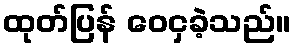
ထုတ်ပြန် ဝေငှခဲ့သည်။